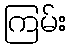
ကြမ်း